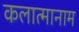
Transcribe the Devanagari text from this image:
कलात्मानाम